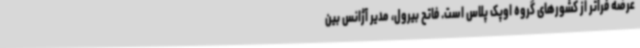
عرضه فراتر از کشورهای گروه اوپک پلاس است. فاتح بیرول، مدیر آژانس بین